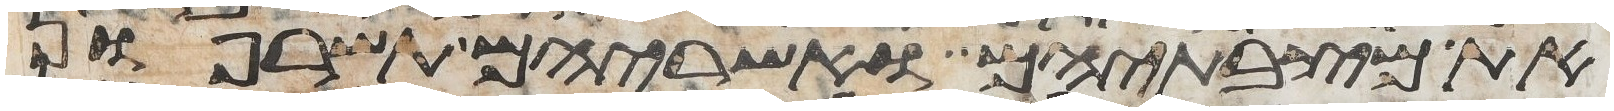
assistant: את מצבתיהם ואשריהם תשרפון